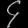
Digit: ၄